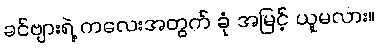
ခင်ဗျားရဲ့ ကလေးအတွက် ခုံ အမြင့် ယူမလား။